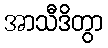
အာသီဒိတွာ